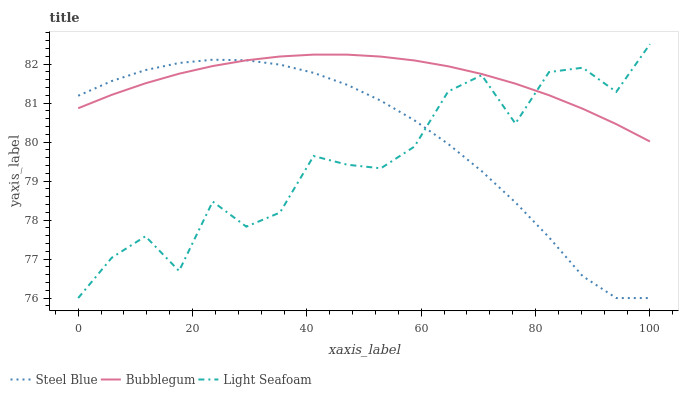
| xaxis_label | Steel Blue | Bubblegum | Light Seafoam |
 | --- | --- | --- | --- |
 | 0 | 81.2 | 80.9 | 76 |
 | 5.88 | 81.6 | 81.2 | 77 |
 | 11.8 | 81.8 | 81.5 | 77.6 |
 | 17.6 | 82 | 81.8 | 76.7 |
 | 23.5 | 82.1 | 82 | 78.5 |
 | 29.4 | 82.1 | 82.1 | 77.8 |
 | 35.3 | 82 | 82.2 | 78.2 |
 | 41.2 | 81.8 | 82.2 | 79.6 |
 | 47.1 | 81.5 | 82.2 | 79.4 |
 | 52.9 | 81.1 | 82.2 | 79.3 |
 | 58.8 | 80.6 | 82.1 | 79.9 |
 | 64.7 | 80 | 81.9 | 81.3 |
 | 70.6 | 79.3 | 81.7 | 81.7 |
 | 76.5 | 78.5 | 81.5 | 80.5 |
 | 82.4 | 77.6 | 81.2 | 81.8 |
 | 88.2 | 76.6 | 80.9 | 81.9 |
 | 94.1 | 76 | 80.5 | 81.3 |
 | 100 | 76 | 80 | 82.5 |